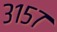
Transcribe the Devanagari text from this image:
३१५७